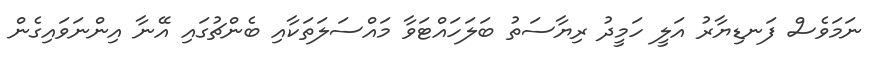
ނަމަވެސް ފަނޑިޔާރު އަލީ ހަމީދު ރިޔާސަތު ބަލަހައްޓަވާ މައްސަލަތަކާއި ބެންޗުގައި އޭނާ އިންނަވައިގެން